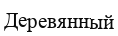
Деревянный